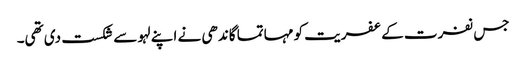
جس نفرت کے عفریت کو مہاتما گاندھی نے اپنے لہو سے شکست دی تھی۔